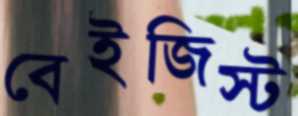
বেইজিস্ট